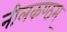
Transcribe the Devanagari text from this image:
नीलकण्ठम्